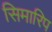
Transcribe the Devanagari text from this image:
सिमारिप